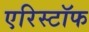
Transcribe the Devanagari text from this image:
एरिस्टॉफ